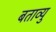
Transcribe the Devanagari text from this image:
बताव्यु